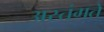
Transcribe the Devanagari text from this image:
अस्तंगते